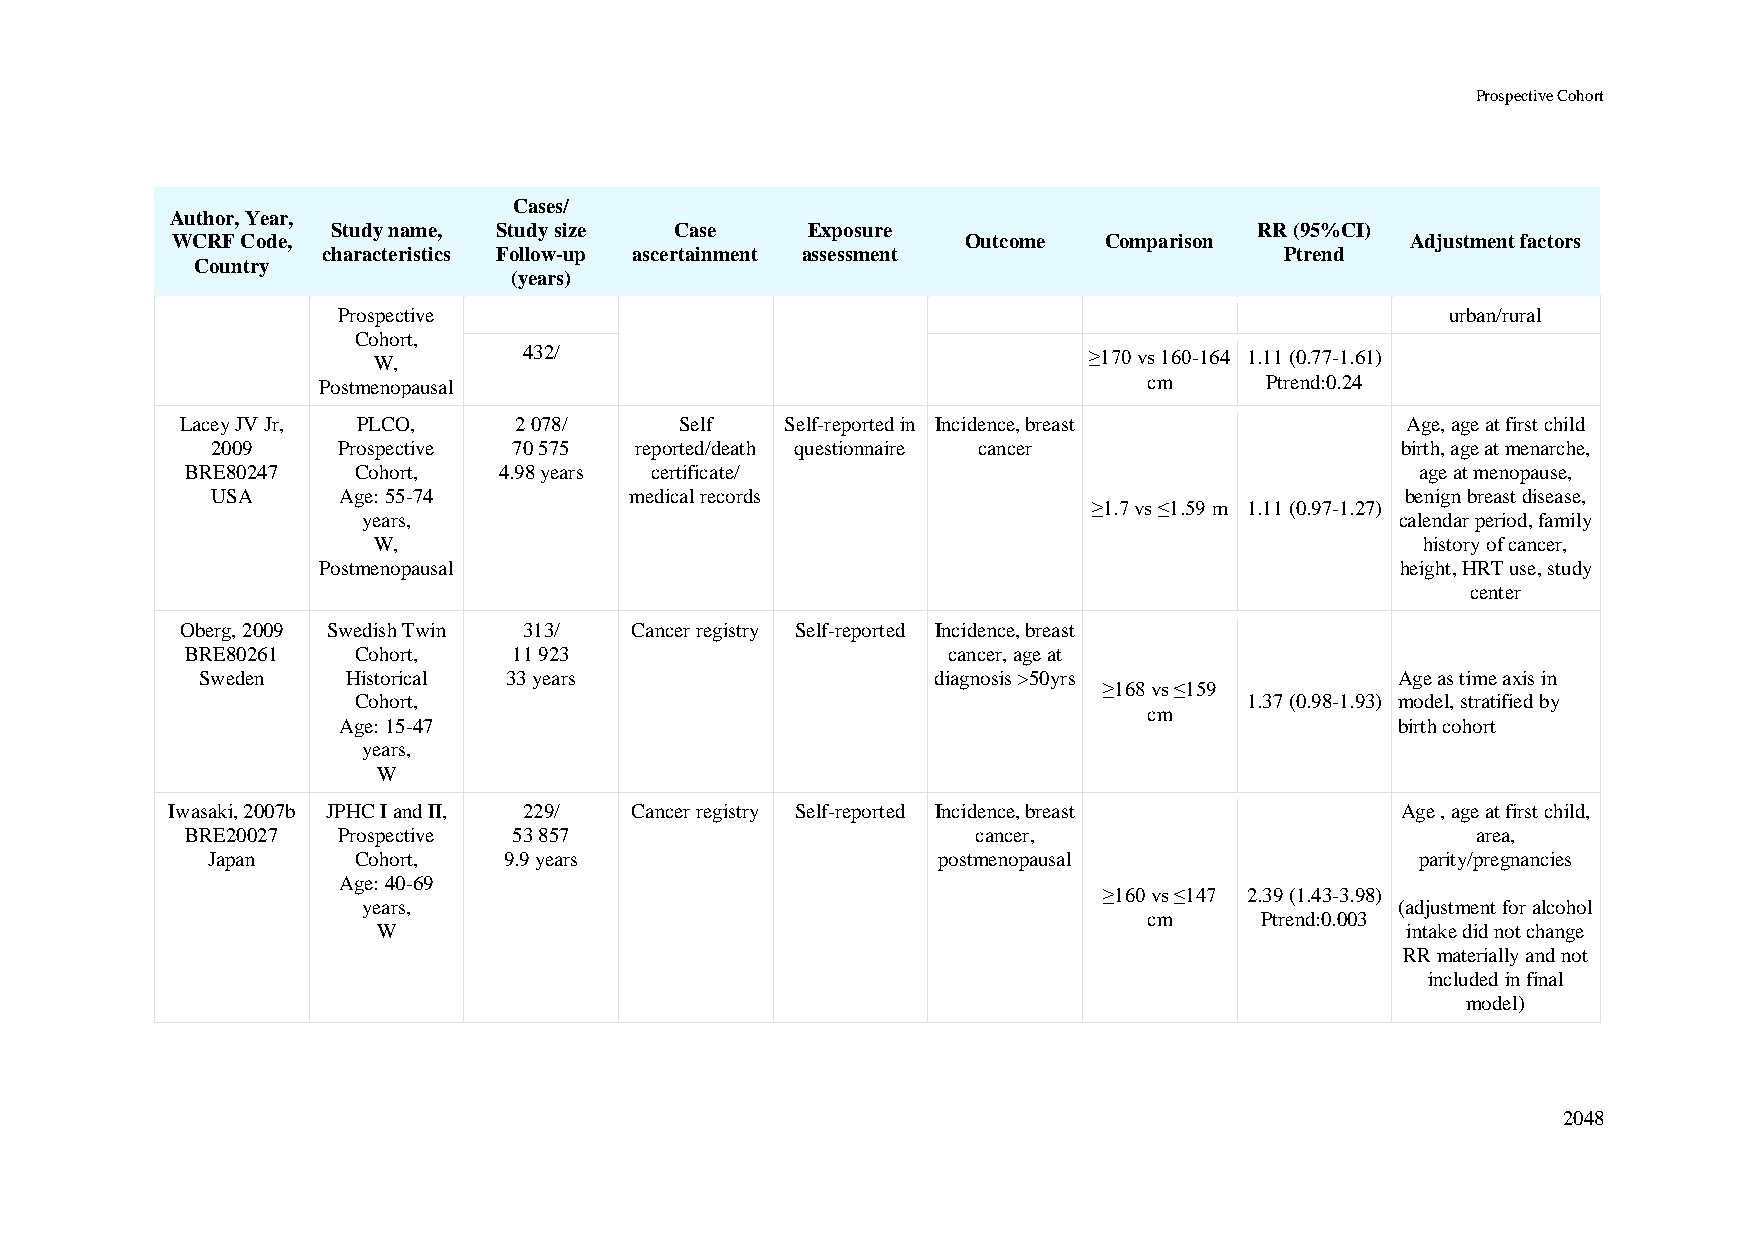
Prospective Cohort
 Cases/
 Author, Year,
 Study name, Study size Case    Exposure                      RR (95%CI)
 WCRF Code,                                           Outcome  Comparison          Adjustment factors
 characteristics Follow-up ascertainment assessment              Ptrend
 Country
 (years)
 Prospective                                                               urban/rural
 Cohort,
 W,        432/                                 ≥170 vs 160-164 1.11 (0.77-1.61)
 Postmenopausal                                         cm      Ptrend:0.24
 Lacey JV Jr, PLCO,    2 078/     Self   Self-reported in Incidence, breast       Age, age at first child
 2009    Prospective 70 575  reported/death questionnaire cancer                birth, age at menarche,
 BRE80247   Cohort,   4.98 years certificate/                                      age at menopause,
 USA     Age: 55-74          medical records                                    benign breast disease,
 ≥1.7 vs ≤1.59 m 1.11 (0.97-1.27)
 years,                                                               calendar period, family
 W,                                                                   history of cancer,
 Postmenopausal                                                          height, HRT use, study
 center
 Oberg, 2009 Swedish Twin 313/ Cancer registry Self-reported Incidence, breast
 BRE80261   Cohort,    11 923                       cancer, age at
 Sweden    Historical 33 years                    diagnosis >50yrs               Age as time axis in
 ≥168 vs ≤159
 Cohort,                                                     1.37 (0.98-1.93) model, stratified by
 cm
 Age: 15-47                                                             birth cohort
 years,
 W
 Iwasaki, 2007b JPHC I and II, 229/ Cancer registry Self-reported Incidence, breast Age , age at first child,
 BRE20027  Prospective 53 857                         cancer,                          area,
 Japan    Cohort,   9.9 years                    postmenopausal                  parity/pregnancies
 Age: 40-69
 ≥160 vs ≤147 2.39 (1.43-3.98)
 years,                                                               (adjustment for alcohol
 cm     Ptrend:0.003
 W                                                                   intake did not change
 RR materially and not
 included in final
 model)
 2048